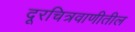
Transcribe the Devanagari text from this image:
दूरचित्रवाणीतील